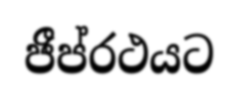
ජීප්රථයට